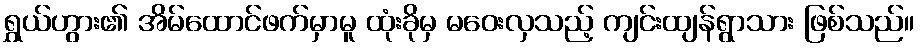
ရွှယ်ဟွား၏ အိမ်ထောင်ဖက်မှာမူ ထုံးခိုမှ မဝေးလှသည့် ကျင်းထျန်ရွာသား ဖြစ်သည်။